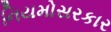
નિયમોસરકાર